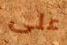
على